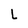
Character: L